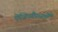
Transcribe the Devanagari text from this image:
ऐंजिऔस्पर्मों